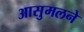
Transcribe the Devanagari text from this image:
आसुमलने